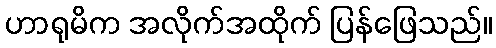
ဟာရုမိက အလိုက်အထိုက် ပြန်ဖြေသည်။